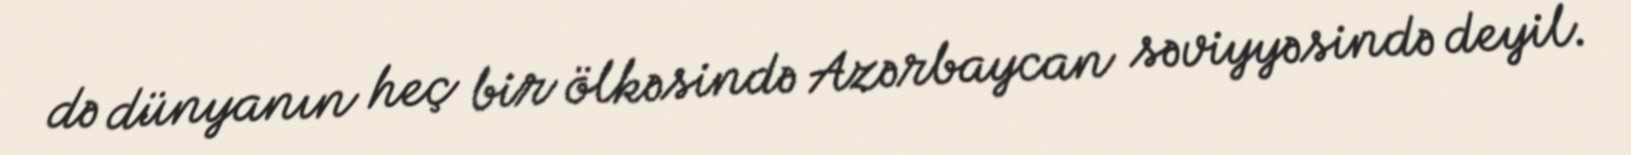
də dünyanın heç bir ölkəsində Azərbaycan səviyyəsində deyil.